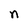
Character: n